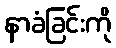
နာခံခြင်းကို